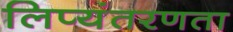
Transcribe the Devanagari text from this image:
लिप्यंतरणता